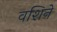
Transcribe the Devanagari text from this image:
वशिने